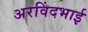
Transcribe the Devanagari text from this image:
अरविंदभाई